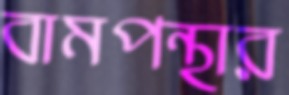
বামপন্থার